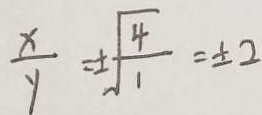
\frac { x } { y } = \pm \sqrt { \frac { 4 } { 1 } } = \pm 2